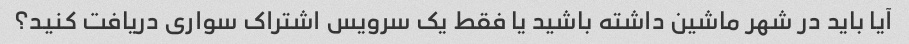
آیا باید در شهر ماشین داشته باشید یا فقط یک سرویس اشتراک سواری دریافت کنید؟